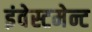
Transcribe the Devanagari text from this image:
इंवेस्टमेन्ट